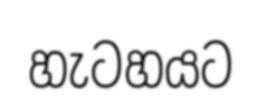
හැටහයට